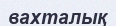
вахталық